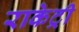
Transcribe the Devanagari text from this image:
राकेट्री